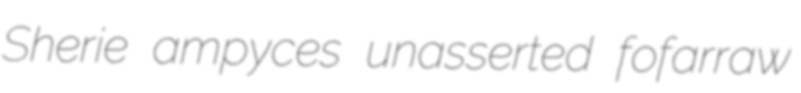
Sherie ampyces unasserted fofarraw